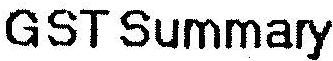
GST SUMMARY